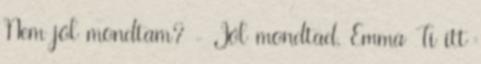
Nem jól mondtam? - Jól mondtad, Emma Ti itt